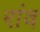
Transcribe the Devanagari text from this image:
रांव